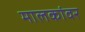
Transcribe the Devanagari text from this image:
मालकांवर